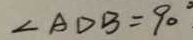
\angle A D B = 9 0 ^ { \circ }